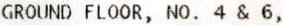
GROUND FLOOR, NO. 4 & 6,